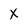
Character: X